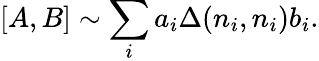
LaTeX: \left[A,B\right]\sim\sum_{i}a_{i}\Delta(n_{i},n_{i})b_{i}.